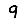
Digit: 9